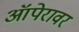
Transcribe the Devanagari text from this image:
ऑपेरावर